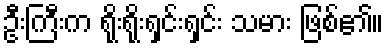
ဦးကြီးက ရိုးရိုးရှင်းရှင်း သမား ဖြစ်၏။